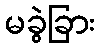
မခွဲခြား